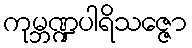
ကုမ္ဘဏ္ဍပါရိသဇ္ဇော